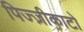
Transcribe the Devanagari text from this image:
पिज्ज़ीकाटो